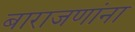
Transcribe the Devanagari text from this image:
बाराजणांना